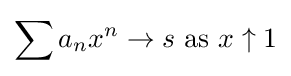
\sum a_{n}x^{n}\to s\ {\text{as}}\ x\uparrow 1